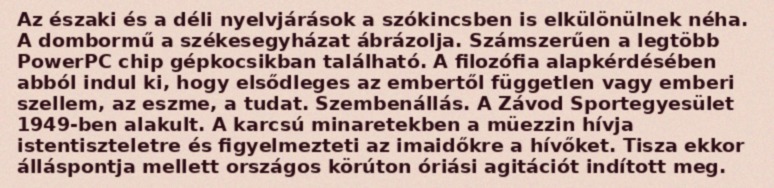
Az északi és a déli nyelvjárások a szókincsben is elkülönülnek néha. A dombormű a székesegyházat ábrázolja. Számszerűen a legtöbb PowerPC chip gépkocsikban található. A filozófia alapkérdésében abból indul ki, hogy elsődleges az embertől független vagy emberi szellem, az eszme, a tudat. Szembenállás. A Závod Sportegyesület 1949-ben alakult. A karcsú minaretekben a müezzin hívja istentiszteletre és figyelmezteti az imaidőkre a hívőket. Tisza ekkor álláspontja mellett országos körúton óriási agitációt indított meg.